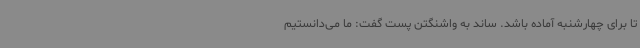
تا برای چهارشنبه آماده باشد. ساند به واشنگتن پست گفت: ما می‌دانستیم